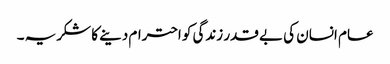
عام انسان کی بے قدر زندگی کو احترام دینے کا شکریہ ۔